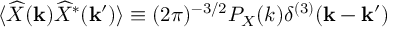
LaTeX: \langle \widehat X ( { \bf k } ) \widehat X ^ { * } ( { \bf k ^ { \prime } } ) \rangle \equiv ( 2 \pi ) ^ { - 3 / 2 } { \cal P } _ { X } ( k ) \delta ^ { ( 3 ) } ( { \bf k } - { \bf k } ^ { \prime } )